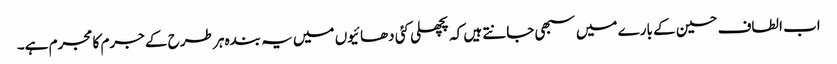
اب الطاف حسین کے بارے میں سبھی جانتے ہیں کہ پچھلی کئی دھائیوں میں یہ بندہ ہر طرح کے جرم کا مجرم ہے۔